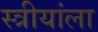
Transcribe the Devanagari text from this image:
स्त्रीयांला